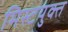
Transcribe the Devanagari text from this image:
मिस्टयुक्त